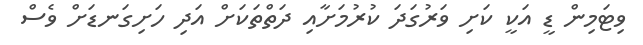
ވިޓަމިން ޑީ އަކީ ކަށި ވަރުގަދަ ކުރުމަށާއި ދަތްތަކަށް އަދި ހަށިގަނޑަށް ވެސް